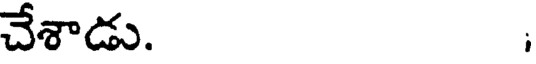
చేశాడు.